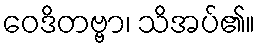
ဝေဒိတဗ္ဗာ၊ သိအပ်၏။